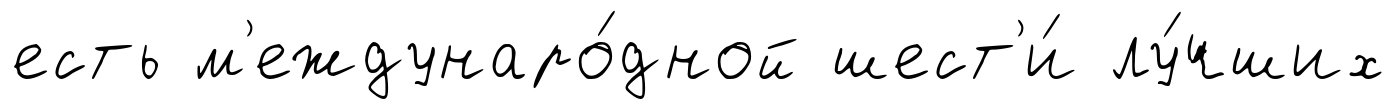
есть м'еждунаро́дной шест'и́ лу́чших